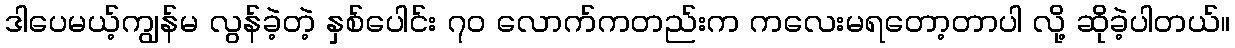
ဒါပေမယ့်ကျွန်မ လွန်ခဲ့တဲ့ နှစ်ပေါင်း ၇၀ လောက်ကတည်းက ကလေးမရတော့တာပါ လို့ ဆိုခဲ့ပါတယ်။